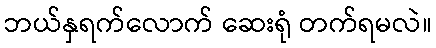
ဘယ်နှရက်လောက် ဆေးရုံ တက်ရမလဲ။